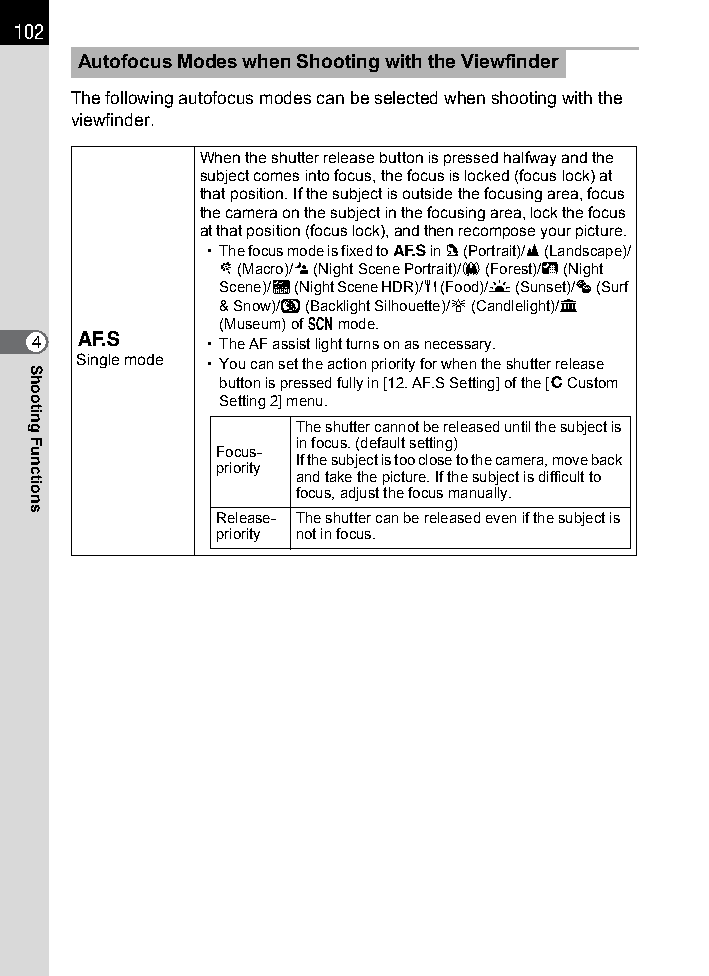
102
 Autofocus Modes when Shooting with the Viewfinder
 The following autofocus modes can be selected when shooting with the
 viewfinder.
 When the shutter release button is pressed halfway and the
 subject comes into focus, the focus is locked (focus lock) at
 that position. If the subject is outside the focusing area, focus
 the camera on the subject in the focusing area, lock the focus
 at that position (focus lock), and then recompose your picture.
 • The focus mode is fixed to l in c (Portrait)/s (Landscape)/
 b (Macro)/. (Night Scene Portrait)/x (Forest)/A (Night
 Scene)/Z (Night Scene HDR)/K (Food)/K (Sunset)/Q (Surf
 & Snow)/y (Backlight Silhouette)/U (Candlelight)/E
 (Museum) of H mode.
 4  l        • The AF assist light turns on as necessary.
 Single mode • You can set the action priority for when the shutter release
 button is pressed fully in [12. AF.S Setting] of the [A Custom
 Setting 2] menu.
 The shutter cannot be released until the subject is
 in focus. (default setting)
 Focus-
 If the subject is too close to the camera, move back
 priority
 and take the picture. If the subject is difficult to
 focus, adjust the focus manually.
 Release- The shutter can be released even if the subject is
 priority not in focus.
 Shooting
 Functions